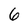
Character: 6